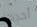
أحدها